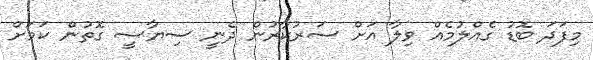
މިފަދަ ބޮޑު ގެއްލުމެއް ވިލާ އަށް ސަރުކާރުން ދެނީ ސިޔާސީ ގޮތުން ކަމަށް